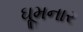
ઘૂમનાર